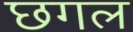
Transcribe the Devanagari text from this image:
छगल